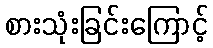
စားသုံးခြင်းကြောင့်